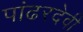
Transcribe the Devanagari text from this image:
पांढरदेवी